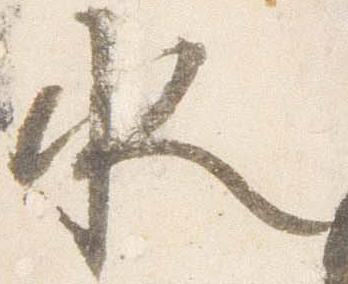
水